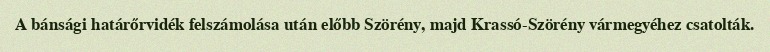
A bánsági határőrvidék felszámolása után előbb Szörény, majd Krassó-Szörény vármegyéhez csatolták.